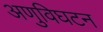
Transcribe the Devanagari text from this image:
अणुविघटन